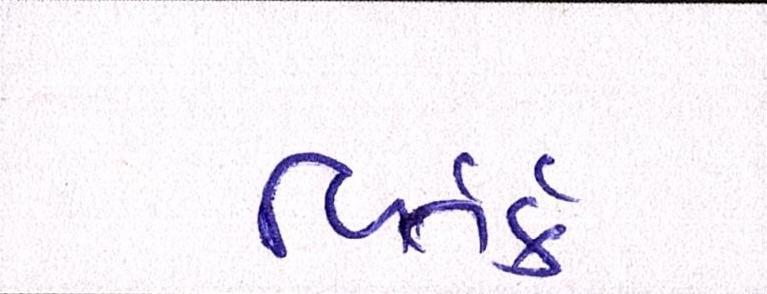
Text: વિતર્ક